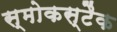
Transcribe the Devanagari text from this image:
स्मोकस्टैक